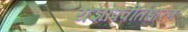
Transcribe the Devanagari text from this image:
यज्ञोपवीतधारण